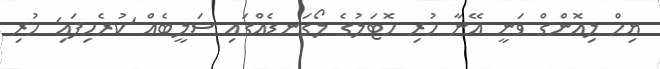
ޔިހް ލިއޮންގް ވަނީ އޭނާ ހުރި ހޮޓަލުގެ ލޯގަނޑެއްގައި ސަލީބެއް 'ކުރެހިފައި' ހުރި